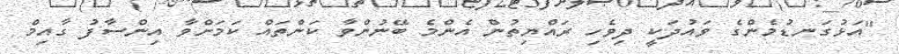
"އަޅުގަނޑުމެންގެ ވައުދަކީ ދިވެހި ރައްޔިތުން އެންމެ ބޭނުންވާ ކަންތައް ކަމަށްވާ އިންސާފު ގާއިމް